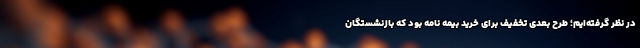
در نظر گرفته‌ایم؛ طرح بعدی تخفیف برای خرید بیمه نامه بود که بازنشستگان